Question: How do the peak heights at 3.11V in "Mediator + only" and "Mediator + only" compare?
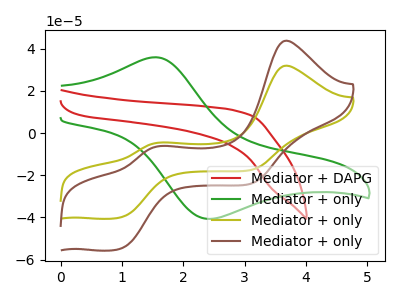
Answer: <think>The red curve "Mediator + DAPG" has no peaks. The green curve "Mediator + only" has an anodic peak at (1.55V, 35.90uA) and a cathodic peak at (2.40V, -40.60uA). The olive curve "Mediator + only" has anodic peaks at (3.70V, 31.95uA) (1.60V, -4.50uA) and cathodic peaks at (1.00V, -39.85uA) (3.10V, -17.40uA). The brown curve "Mediator + only" has anodic peaks at (3.70V, 43.80uA) (1.60V, -6.20uA) and cathodic peaks at (1.00V, -54.60uA) (3.10V, -23.85uA).</think>
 <answer>The peak at 3.11V is higher in "Mediator + only" than in "Mediator + only".</answer>
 <eval>higher</eval>